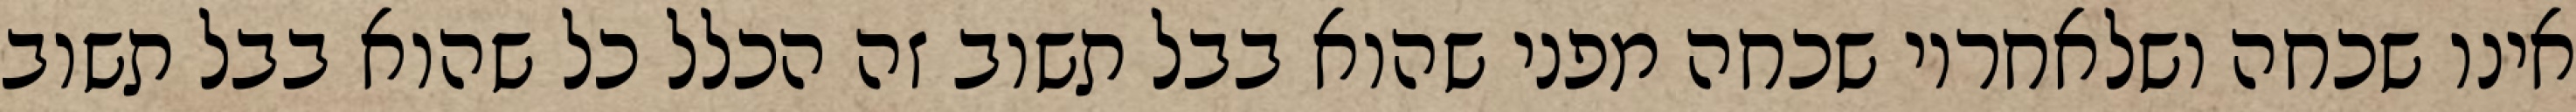
אינו שכחה ושלאחריו שכחה מפני שהוא בבל תשוב זה הכלל כל שהוא בבל תשוב